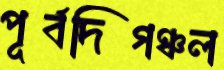
পূর্বদিগঞ্চল